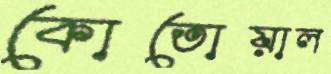
কোতোয়াল